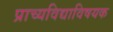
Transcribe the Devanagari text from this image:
प्राच्यविद्याविषयक